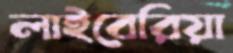
লাইবেরিয়া